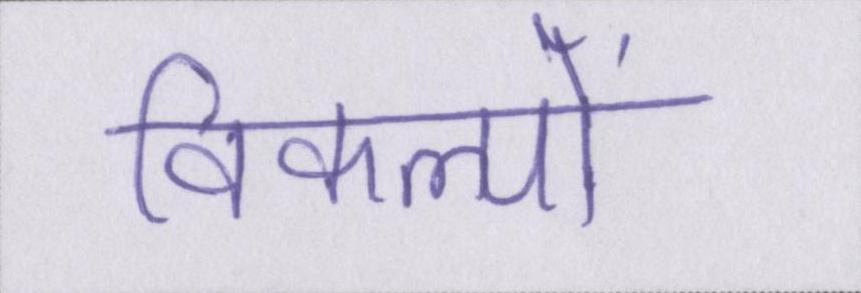
विकल्पों